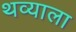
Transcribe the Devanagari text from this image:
थव्याला